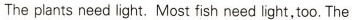
The plants need light,Most fish need lignt,too.The